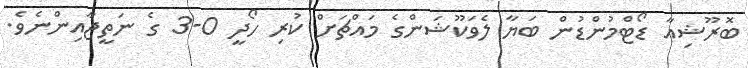
ބޮރޫޝިއާ ޑޯޓްމުންޑުން ބަޔާ ލެވަކޫޝަންގެ މައްޗަށް ކުރި ހޯދީ 0-3 ގެ ނަތީޖާއިންނެވެ.